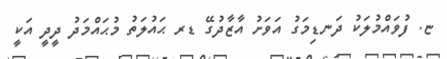
ޏ. ފުވައްމުލަކު ދަނޑިމަގު އަވަށު އާޒާދުގޭ ޑރ ޙައުލަތު މުޙައްމަދު ދީދީ އަކީ